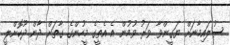
ސުލައިމާނަށް ޔަގީންވާ ވަރު ވުމުން އެ އެތީގެ މީހުންގެ ގާތަށް ދާން ދޫކޮށްލީ